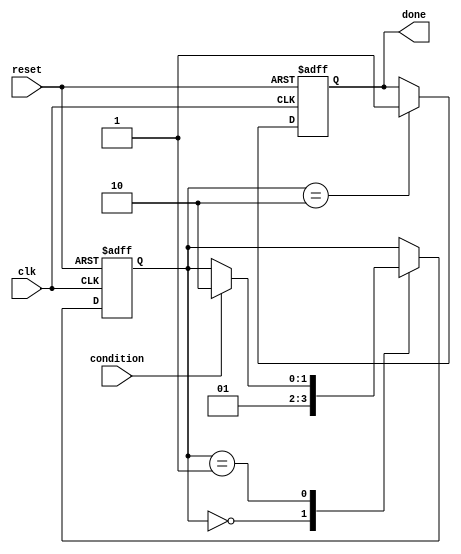
module wait_example (
    input wire condition,  // Boolean condition input
    input wire clk,        // Clock signal
    input wire reset,      // Reset signal
    output reg done        // Output to indicate process completion
);

    // State declaration
    reg [1:0] state;
    localparam IDLE = 2'b00, WAITING = 2'b01, DONE = 2'b10;

    // Process block
    always @(posedge clk or posedge reset) begin
        if (reset) begin
            state <= IDLE;
            done <= 0;
        end else begin
            case (state)
                IDLE: begin
                    // Transition to WAITING state
                    state <= WAITING;
                end
                
                WAITING: begin
                    // Wait until the condition is true
                    if (condition) begin
                        state <= DONE; // Condition met, move to DONE state
                    end
                end
                
                DONE: begin
                    done <= 1; // Indicate process is done
                    // Remain in DONE state or add further logic as needed
                end
            endcase
        end
    end

endmodule